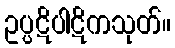
ဥပ္ပဋိပါဋိကသုတ်။